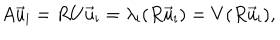
LaTeX: A \vec { u } _ { \mathrm { i } } = R U \vec { u } _ { \mathrm { i } } = \lambda _ { \mathrm { i } } ( R \vec { u } _ { \mathrm { i } } ) = V ( R \vec { u } _ { \mathrm { i } } ) ,